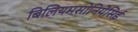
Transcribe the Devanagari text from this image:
बिलियमसोनियेसिई